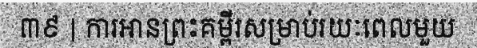
៣៩ | ការអានព្រះគម្ពីរសម្រាប់រយៈពេលមួយ